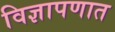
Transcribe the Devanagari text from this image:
विज्ञापणात